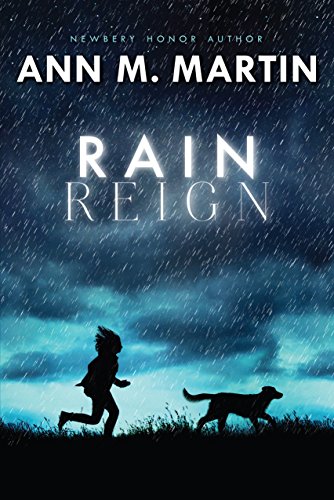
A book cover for Rain Reign (Ala Notable Children's Books. Middle Readers); Ann M. Martin; Children's Books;